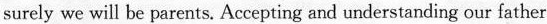
surely we will be parents. Accepting and understanding our father